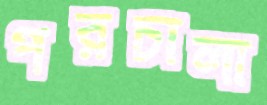
পরচালা